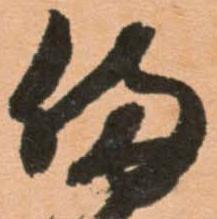
備